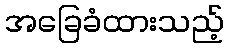
အခြေခံထားသည့်